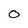
Character: 0